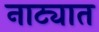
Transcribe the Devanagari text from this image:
नाट्यात